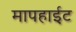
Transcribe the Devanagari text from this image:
मापहाईट